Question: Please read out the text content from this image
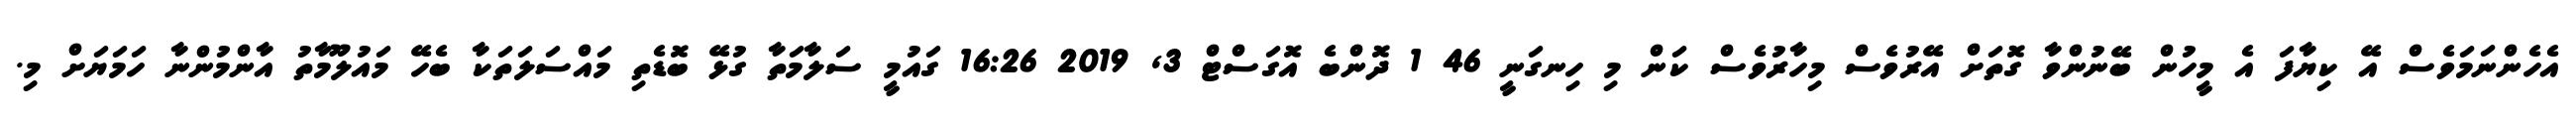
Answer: އެހެންނަމަވެސް އޭ ކިޔާފަ އެ މީހުން ބޭނުންވާ ގޮތަށް އޭރުވެސް މިހާރުވެސް ކަން މި ހިނގަނީ 46 1 ދޮންބެ އޮގަސްޓް 3, 2019 16:26 ގައުމީ ސަލާމަތާ ގުޅޭ ބޮޑެތި މައްސަލަތަކާ ބެހޭ މައުލޫމާތު އާންމުންނާ ހަމަޔަށް މި.